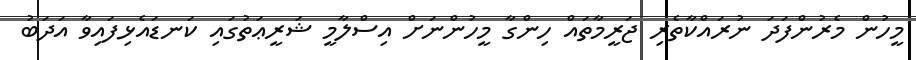
މީހުން މެރުންފަދަ ނުރައްކާތެރި ޖަރީމާތައް ހިންގާ މީހުންނަށް އިސްލާމީ ޝަރީޢަތުގައި ކަނޑައެޅިފައިވާ އަދަބު